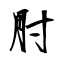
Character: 肘